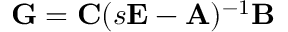
\mathbf { G } = \mathbf { C } ( s \mathbf { E } - \mathbf { A } ) ^ { - 1 } \mathbf { B }